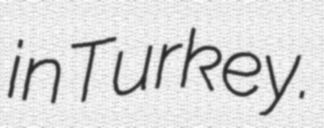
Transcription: in Turkey.